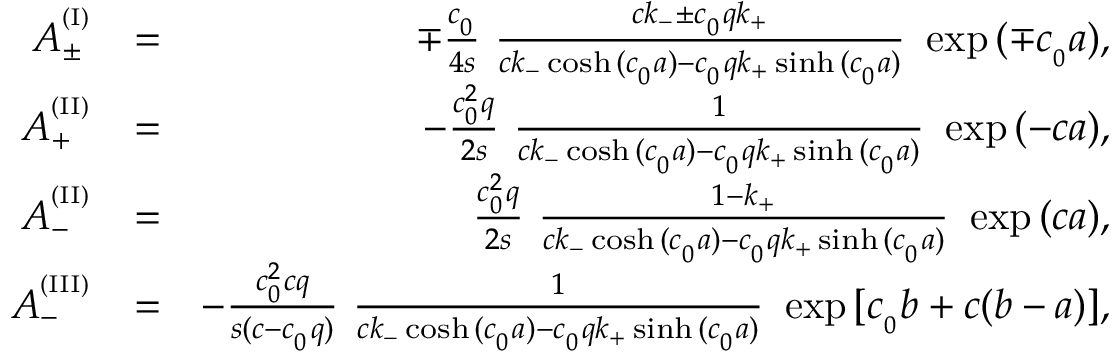
\begin{array} { r l r } { A _ { \pm } ^ { ^ { ( \mathrm { I } ) } } } & { = } & { \mp \frac { c _ { _ 0 } } { 4 s } \ \frac { c k _ { - } \pm c _ { _ 0 } q k _ { + } } { c k _ { - } \cosh { ( c _ { _ 0 } a ) } - c _ { _ 0 } q k _ { + } \sinh { ( c _ { _ 0 } a ) } } \ \exp { ( \mp c _ { _ 0 } a ) } , } \\ { A _ { + } ^ { ^ { ( \mathrm { I I } ) } } } & { = } & { - \frac { c _ { _ 0 } ^ { 2 } q } { 2 s } \ \frac { 1 } { c k _ { - } \cosh { ( c _ { _ 0 } a ) } - c _ { _ 0 } q k _ { + } \sinh { ( c _ { _ 0 } a ) } } \ \exp { ( - c a ) } , } \\ { A _ { - } ^ { ^ { ( \mathrm { I I } ) } } } & { = } & { \frac { c _ { _ 0 } ^ { 2 } q } { 2 s } \ \frac { 1 - k _ { + } } { c k _ { - } \cosh { ( c _ { _ 0 } a ) } - c _ { _ 0 } q k _ { + } \sinh { ( c _ { _ 0 } a ) } } \ \exp { ( c a ) } , } \\ { A _ { - } ^ { ^ { ( \mathrm { I I I } ) } } } & { = } & { - \frac { c _ { _ 0 } ^ { 2 } c q } { s ( c - c _ { _ 0 } q ) } \ \frac { 1 } { c k _ { - } \cosh { ( c _ { _ 0 } a ) } - c _ { _ 0 } q k _ { + } \sinh { ( c _ { _ 0 } a ) } } \ \exp { [ c _ { _ 0 } b + c ( b - a ) ] } , } \end{array}